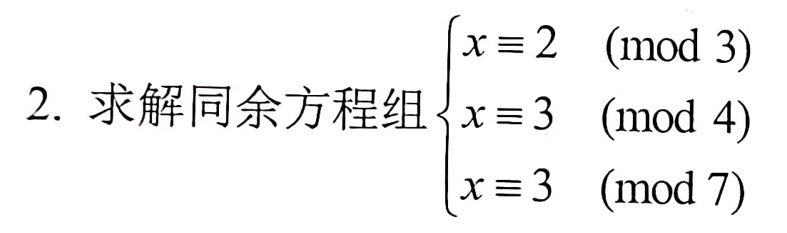
2. 求解同余方程组
\[
\begin{cases}
x \equiv 2 \ (\text{mod}\ 3)\\
x \equiv 3 \ (\text{mod}\ 4)\\
x \equiv 3 \ (\text{mod}\ 7)
\end{cases}
\]